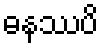
ဓနဿပိ